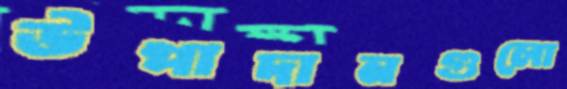
উপাদানগুলো